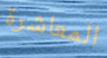
المعاشرة